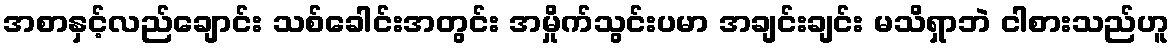
အစာနှင့်လည်ချောင်း သစ်ခေါင်းအတွင်း အမှိုက်သွင်းပမာ အချင်းချင်း မသိရှာဘဲ ငါစားသည်ဟူ